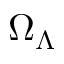
\Omega _ { \Lambda }